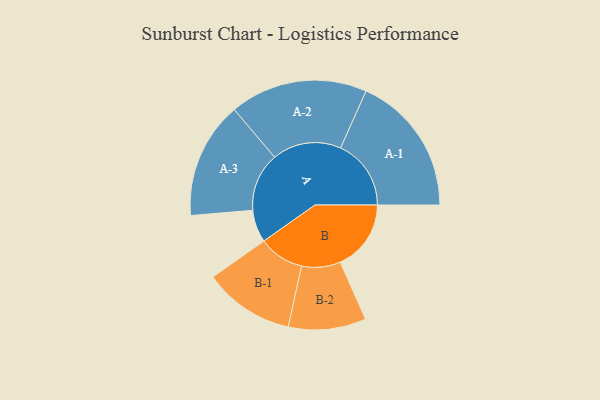
{"axis": {"x": "Segment", "y": "Value"}, "legend": ["", "A", "B"], "data": [{"x": "A", "y": 137, "type": ""}, {"x": "B", "y": 299, "type": ""}, {"x": "A-1", "y": 298, "type": "A"}, {"x": "A-2", "y": 291, "type": "A"}, {"x": "A-3", "y": 247, "type": "A"}, {"x": "B-1", "y": 192, "type": "B"}, {"x": "B-2", "y": 164, "type": "B"}]}